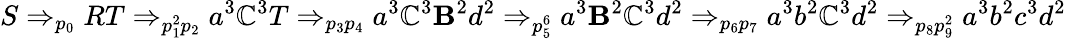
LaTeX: S\Rightarrow_{p_{0}}RT\Rightarrow_{p_{1}^{2}p_{2}}a^{3}\mathbb{C}^{3}T\Rightarrow_{p_{3}p_{4}}a^{3}\mathbb{C}^{3}\mathbf{B}^{2}d^{2}\Rightarrow_{p_{5}^{6}}a^{3}\mathbf{B}^{2}\mathbb{C}^{3}d^{2}\Rightarrow_{p_{6}p_{7}}a^{3}b^{2}\mathbb{C}^{3}d^{2}\Rightarrow_{p_{8}p_{9}^{2}}a^{3}b^{2}c^{3}d^{2}